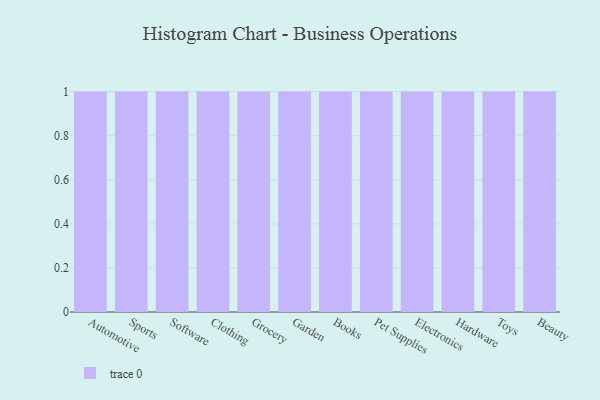
{"axis": {"x": "Category", "y": "Energy Usage (MWh)"}, "legend": [""], "data": [{"x": "Automotive", "y": 33, "type": ""}, {"x": "Sports", "y": 9, "type": ""}, {"x": "Software", "y": 91, "type": ""}, {"x": "Clothing", "y": 51, "type": ""}, {"x": "Grocery", "y": 91, "type": ""}, {"x": "Garden", "y": 86, "type": ""}, {"x": "Books", "y": 78, "type": ""}, {"x": "Pet Supplies", "y": 27, "type": ""}, {"x": "Electronics", "y": 44, "type": ""}, {"x": "Hardware", "y": 58, "type": ""}, {"x": "Toys", "y": 2, "type": ""}, {"x": "Beauty", "y": 2, "type": ""}]}